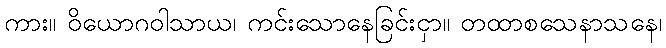
ကား။ ဝိယောဂဝါသာယ၊ ကင်းသောနေခြင်းငှာ။ တထာစသေနာသနေ၊